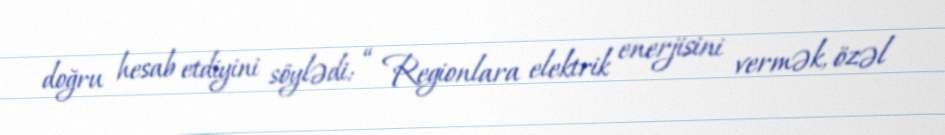
doğru hesab etdiyini söylədi: “ Regionlara elektrik enerjisini vermək, özəl